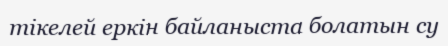
тікелей еркін байланыста болатын су